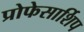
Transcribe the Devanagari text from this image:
प्रोफेसार्शिप